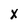
Character: X